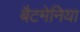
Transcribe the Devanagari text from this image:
बैटमेनिया